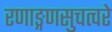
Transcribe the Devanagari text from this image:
रणाङ्गणसुचत्वरे